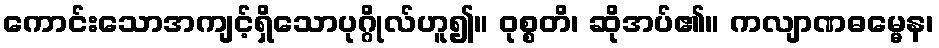
ကောင်းသောအကျင့်ရှိသောပုဂ္ဂိုလ်ဟူ၍။ ဝုစ္စတိ၊ ဆိုအပ်၏။ ကလျာဏဓမ္မေန၊